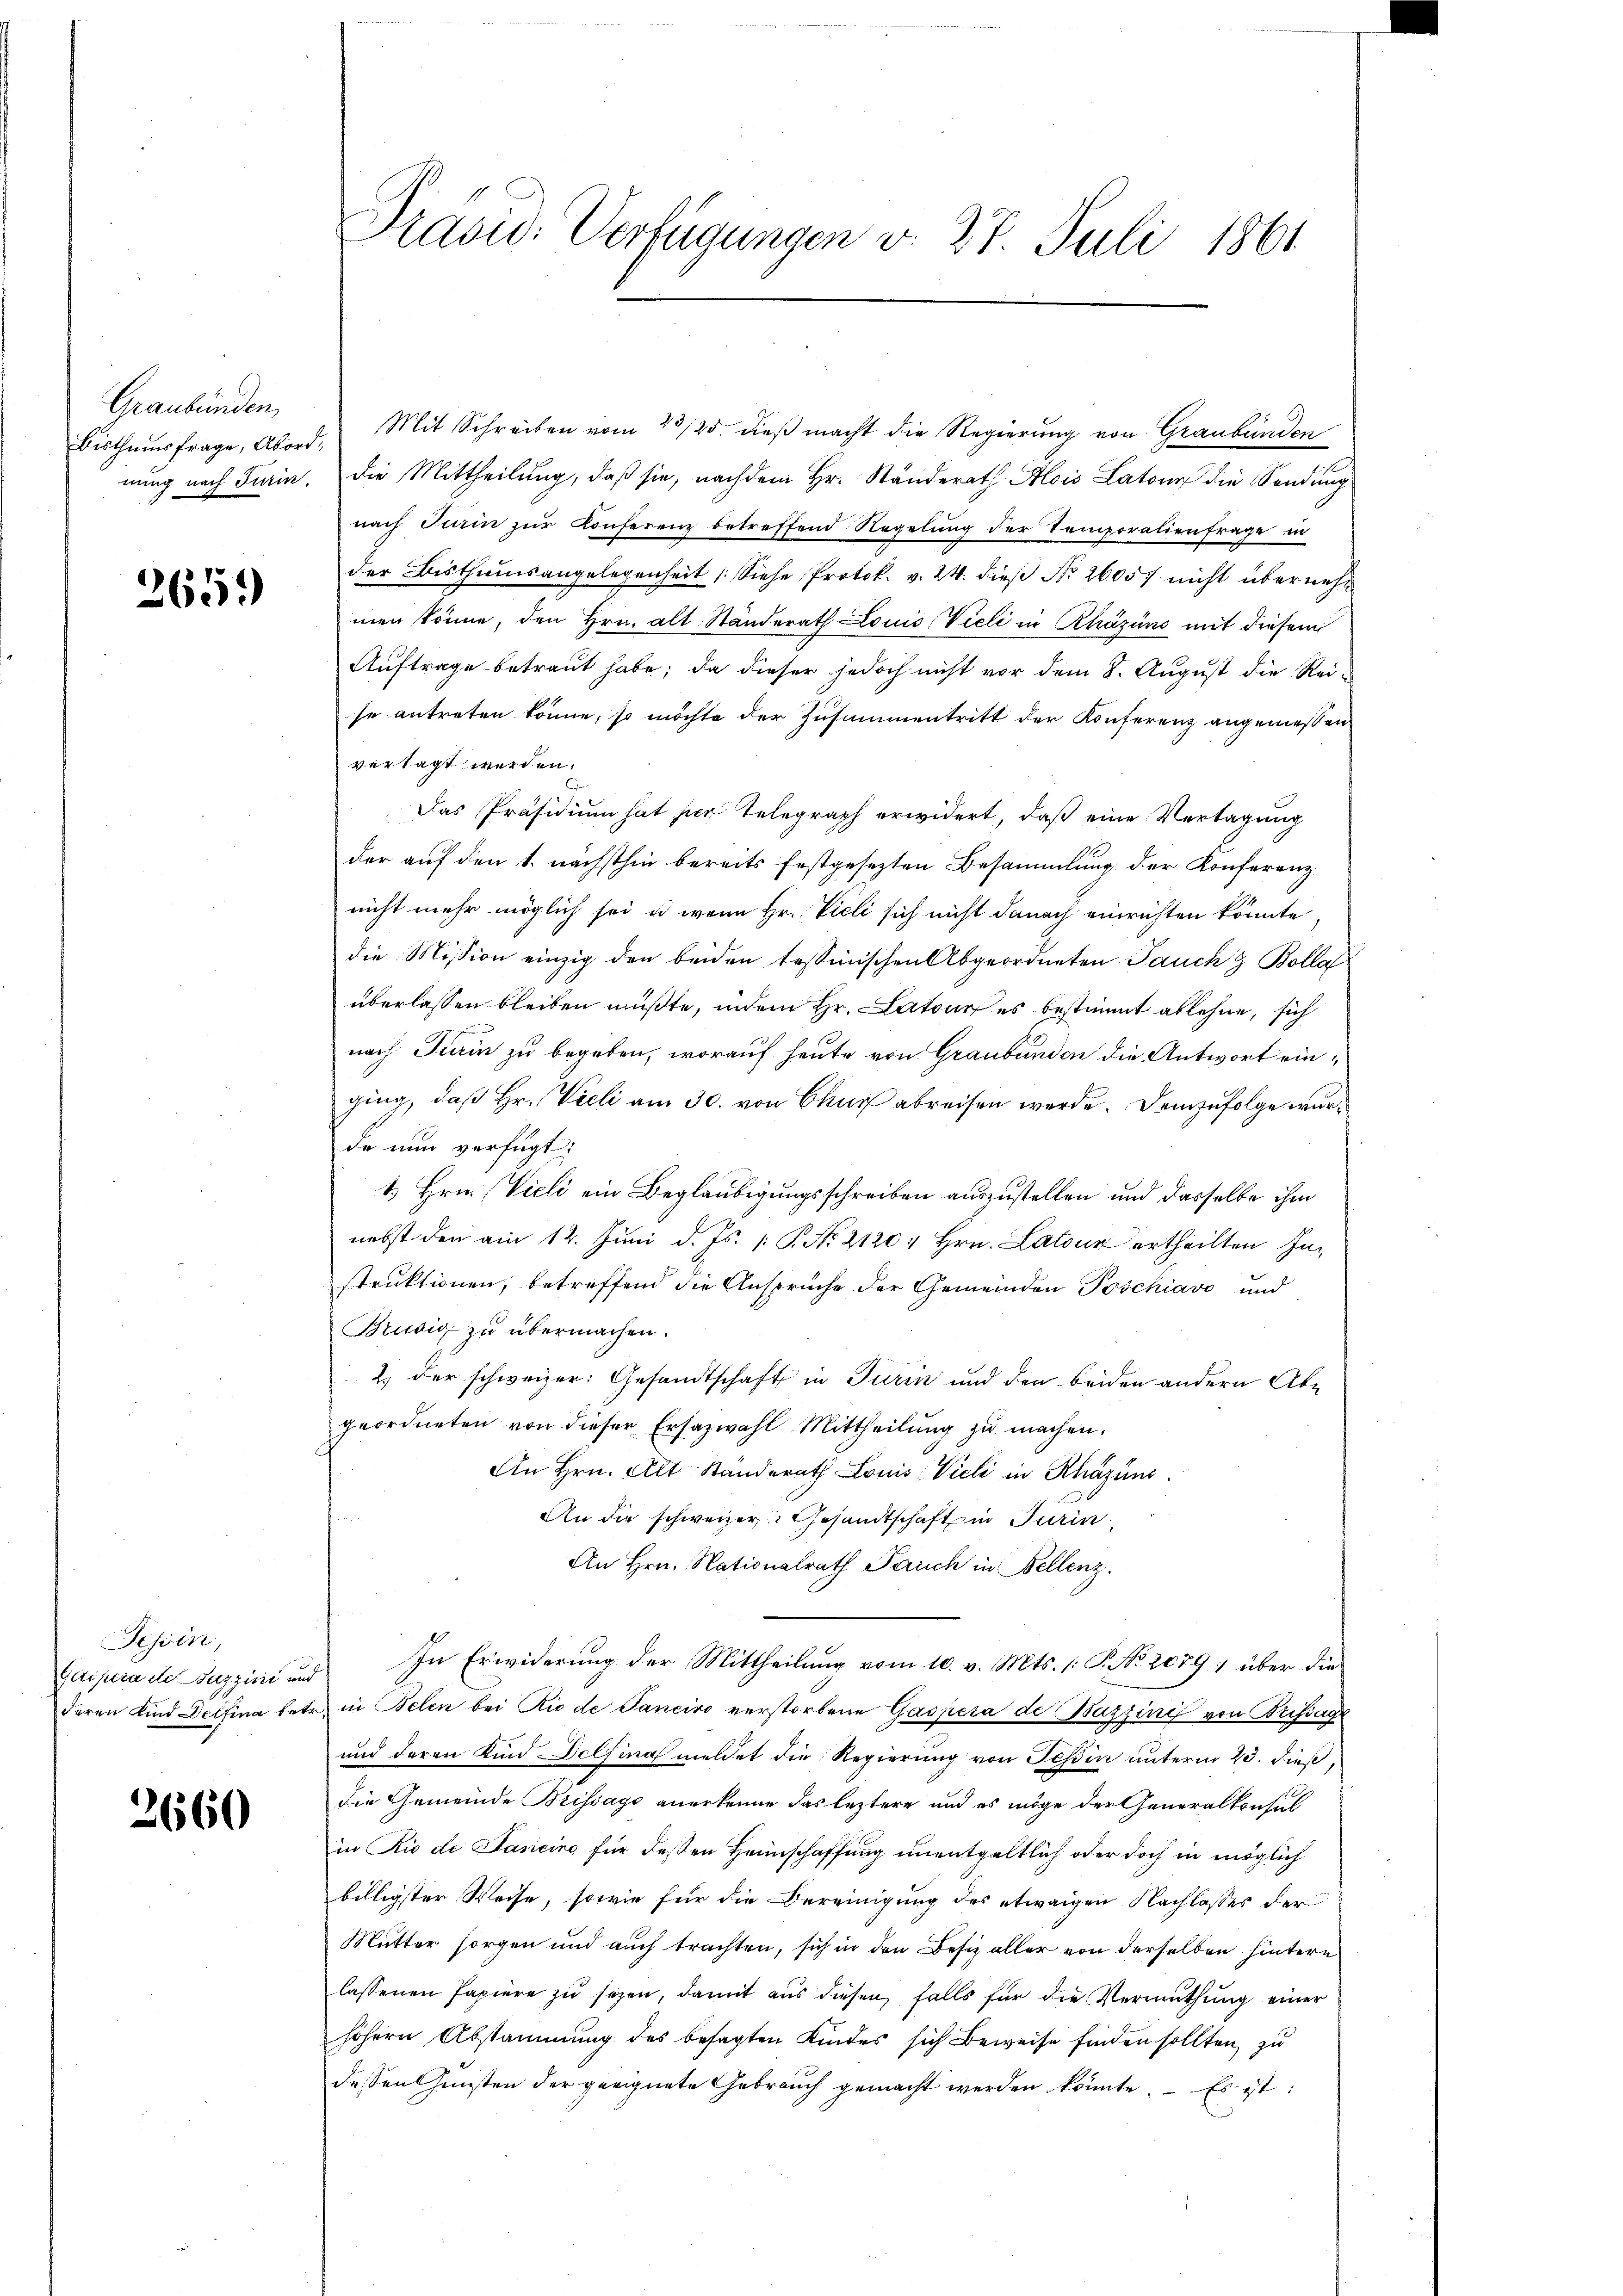
Graubünden,

265.

Tessin,
Ecliptra ete Pazzisi um
deren Kind Delfina betr

2660

Pravid. Verfügungen v. 27. Juli 1861

Bisthumsfrage, Abord, Mit Schreiben vom 23/25. dieβ macht die Regierung von Graubünden
nung nach Train. Die Mittheilung, daß sie, nachdem Hr. Ständerath Alois Latone die Sendung
nach Turin zur Konferenz betreffend Regelung der Temporalienfrage in
der Bisthumsangelegenheit (Siehe Protok. v. 24. dies No 26057 nicht übernehm
men könne, den Hrn. Alt Ständerath Louis Vieli in Rházüns mit diesem
Auftrage betraut habe; da dieser jedoch nicht vor dem 8. August die Reise antreten könne, so möchte der Zusammentritt der Konferenz angemessen
vertagt werden.
Das Präsidium hat der Telegraph erwidert, daß eine Vertagung
der auf den 1. nächsthin bereits festgesezten Besammlung der Konferenz
nicht mehr möglich sei u. wenn Hr. Vieli sich nicht danach einrichten könnte
die Mission einzig den beiden tessinischen Abgeordneten Jauch & Bolla
überlassen bleiben müßte, indem Hr. Latour es bestimmt ablehne, sich
nach Turin zu begeben, worauf heute von Graubünden die Antwort einging, daß Hr. Vieli am 30. von Chur abreisen werde. Demzufolge wurde nun verfügt:
1. Hrn. Vieli ein Beglaubigungsschreiben auszustellen und dasselbe ihm
nebst den am 12. Juni d. Js. 1. P. Nr. 2120 " Hrn. Latour ertheilten Instruktionen, betreffend die Ansprüche der Gemeinden Poschiavo und
Brusig zu übermachen.
2) der schweizer: Gesandtschaft in Turin und den beiden andern Abe
geordneten von dieser Ersazwahl Mittheilŭng zŭ machen.
An Hrn. Alt Ständerath Louis Vieli in Rhazüns
An die schweizer Gesandtschaft in Turin
An Hrn. Nationalrath Pauch in Bellenz
In Erwiderung der Mittheilung vom 10. v. Mts. 1. P. No. 2079; über die
u
in in Belen bei Rio de Panciro verstorbene Gaspera de Bazzini von Brissage
und deren Kind Delfina meldet die Regierung von Tessin unterm 23. dieß,
die Gemeinde Brissago anerkenne das leztere und es möge der Generalkonsul
in Rio de Janeine für deßen Heimschaffung unentgeltlich oder doch in möglich
billigster Weise, sowie für die Bereinigung des etwaigen Nachlasses der
Mutter sorgen und auch trachten, sich in den Besitz aller von derselben hintern
lassenen Papiere zu sehen, damit aus diesen, falls für die Vermuthung einer
höhern Abstammung des besagten Kindes sich Beweise finden sollten, zu
dessen Gunsten der geeignete Gebrauch gemacht werden könnte. Es ist: